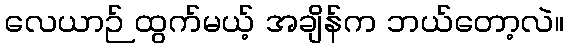
လေယာဉ် ထွက်မယ့် အချိန်က ဘယ်တော့လဲ။